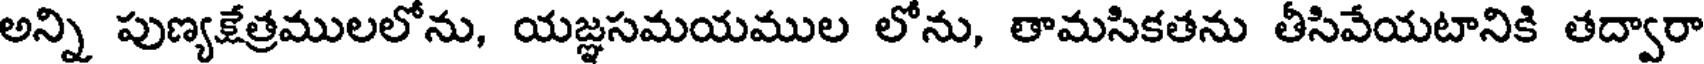
అన్ని పుణ్యక్షేత్రములలోను, యజ్ఞసమయముల లోను, తామసికతను తీసివేయటానికి తద్వారా